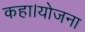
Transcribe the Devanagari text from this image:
कहा।योजना